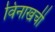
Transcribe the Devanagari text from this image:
विनाखर्ची